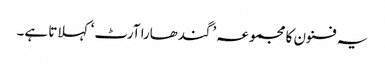
یہ فنون کا مجموعہ ’گندھارا آرٹ‘ کہلاتا ہے۔